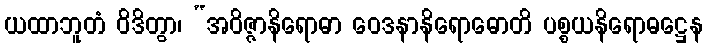
ယထာဘူတံ ဝိဒိတွာ၊ “အဝိဇ္ဇာနိရောဓာ ဝေဒနာနိရောဓောတိ ပစ္စယနိရောဓဋ္ဌေန